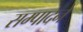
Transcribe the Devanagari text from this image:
सम्पादनें